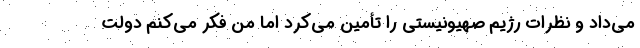
می‌داد و نظرات رژیم صهیونیستی را تأمین می‌کرد اما من فکر می‌کنم دولت